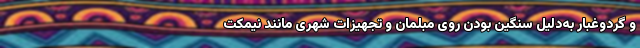
و گردوغبار به‌دلیل سنگین بودن روی مبلمان و تجهیزات شهری مانند نیمکت